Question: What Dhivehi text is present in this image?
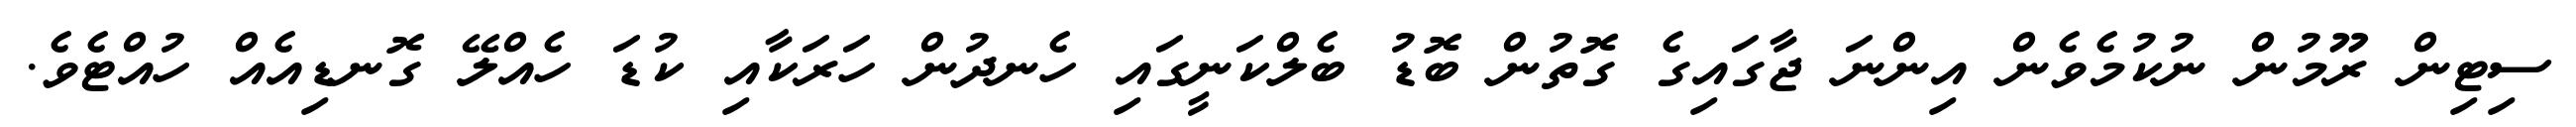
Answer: ސިޓިން ރޫމުން ނުކުމެވެން އިންނަ ޖާގައިގެ ގޮތުން ބޮޑު ބެލްކަނީގައި ހެނދުން ހަރަކާއި ކުޑަ ހެއްލޭ ގޮނޑިއެއް ހުއްޓެވެ.